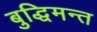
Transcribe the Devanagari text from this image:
बुद्धिमन्त